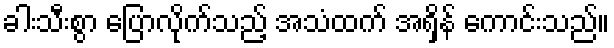
ခါးသီးစွာ ပြောလိုက်သည့် အသံထက် အရှိန် ကောင်းသည်။